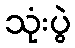
သုံးပွဲ